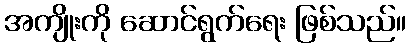
အကျိုးကို ဆောင်ရွက်ရေး ဖြစ်သည်။